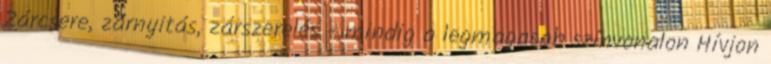
Zárcsere, zárnyitás, zárszerelés - mindig a legmagasab színvonalon Hívjon